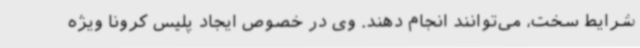
شرایط سخت، می‌توانند انجام دهند. وی در خصوص ایجاد پلیس کرونا ویژه